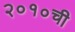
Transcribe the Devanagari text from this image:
२०१०ची